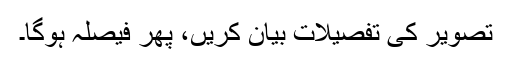
تصویر کی تفصیلات بیان کریں، پھر فیصلہ ہوگا۔